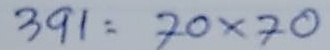
391 = 70 x 70